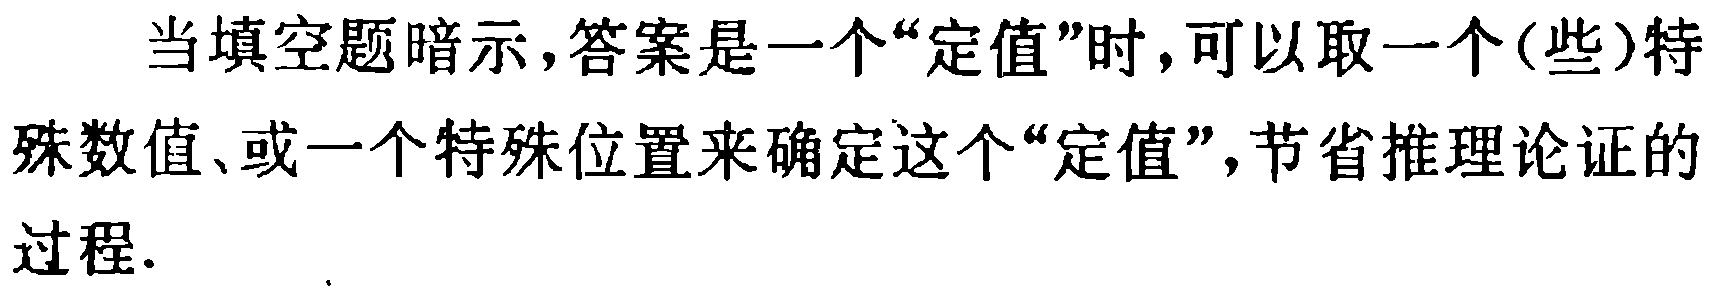
当填空题暗示，答案是一个“定值”时，可以取一个(些)特殊数值、或一个特殊位置来确定这个“定值”，节省推理论证的过程.